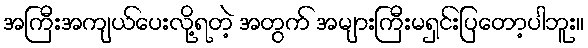
အကြီးအကျယ်ပေးလို့ရတဲ့ အတွက် အများကြီးမရှင်းပြတော့ပါဘူး။